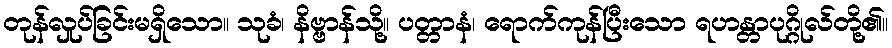
တုန်လှုပ်ခြင်းမရှိသော။ သုခံ၊ နိဗ္ဗာန်သို့။ ပတ္တာနံ၊ ရောက်ကုန်ပြီးသော ရဟန္တာပုဂ္ဂိုလ်တို့၏။